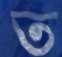
ত